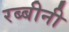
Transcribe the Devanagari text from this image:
रब्बीनी